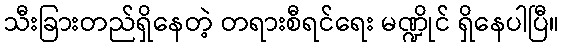
သီးခြားတည်ရှိနေတဲ့ တရားစီရင်ရေး မဏ္ဍိုင် ရှိနေပါပြီ။